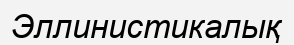
Эллинистикалық